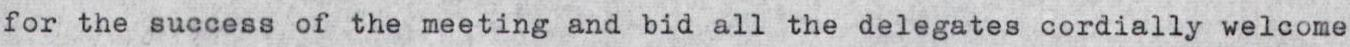
for the success of the meeting and bid all the delegates cordially welcome